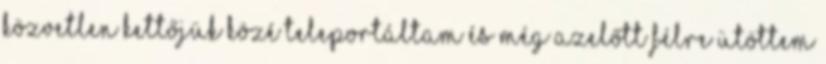
Közvetlen kettőjük közé teleportáltam és még azelőtt félre ütöttem